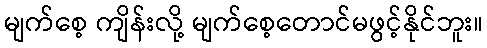
မျက်စေ့ ကျိန်းလို့ မျက်စေ့တောင်မဖွင့်နိုင်ဘူး။